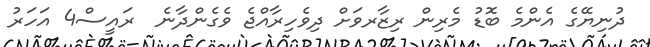
ދުނިޔޭގެ އެންމެ ބޮޑު މެރިން ރިޒާރވަށް ދިވެހިރާއްޖެ ވެގެންދާނެ  ރައީސް4 އަހަރު